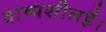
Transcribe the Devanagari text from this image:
वाष्पशीलहै।